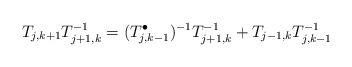
LaTeX: \begin{align*} T_{j,k+1}T_{j+1,k}^{-1}=(T_{j,k-1}^\bullet)^{-1} T_{j+1,k}^{-1}+ T_{j-1,k} T_{j,k-1}^{-1} \end{align*}